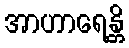
အာဟာရေန္တိ